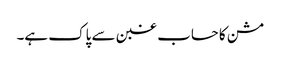
مشن کا حساب غبن سے پاک ہے۔